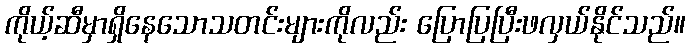
ကိုယ့်ဆီမှာရှိနေသောသတင်းများကိုလည်း ပြောပြပြီးဖလှယ်နိုင်သည်။